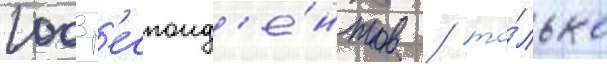
1003 р'еспонд'е́нтов / то́лько